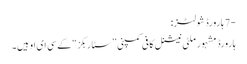
-7 ہارورڈ شولٹز:
ہارورڈ مشہور ملٹی نیشنل کافی کمپنی ”سٹاربکز“ کے سی ای او ہیں۔